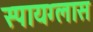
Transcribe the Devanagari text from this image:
स्पायग्लास